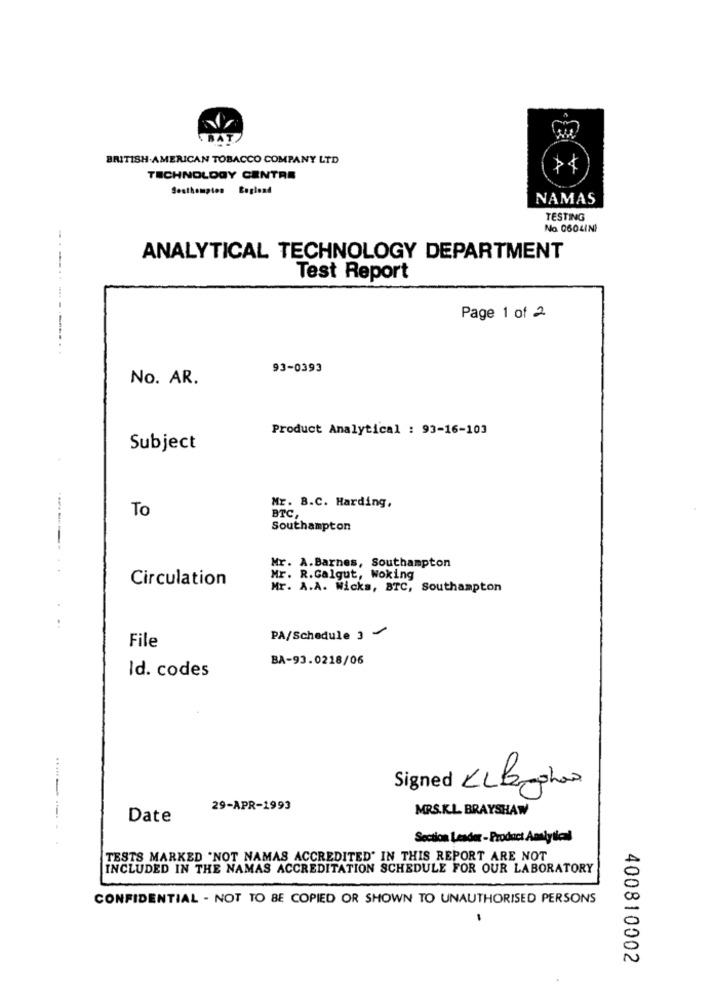
BRITISH AMERICAN TOBACCO COMPANY LTD
TECHNOLOGY CENTRE
Southampton Bagland
NAMAS
TESTING
No 060LINI
ANALYTICAL TECHNOLOGY DEPARTMENT
Test Report
Page 1 of 2
---------...
93-0393
No. AR.
Product Analytical : 93-16-103
Subject
Mr. B.C. Harding,
To
BTC,
Southampton
........
Mr. A.Barnes, Southampton
Circulation
Mr. R.Galgut, Woking
Mr. A.A. Wicks, BTC, Southampton
File
PA/Schedule 3
BA-93.0218/06
Id. codes
Signed KL B show
29-APR-1993
MRS.K.L. BRAYSHAW
Date
Section Leader - Product Analytical
TESTS MARKED "NOT NAMAS ACCREDITED' IN THIS REPORT ARE NOT
INCLUDED IN THE NAMAS ACCREDITATION SCHEDULE FOR OUR LABORATORY
CONFIDENTIAL - NOT TO BE COPIED OR SHOWN TO UNAUTHORISED PERSONS
400810002